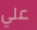
علي